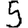
Digit: 5